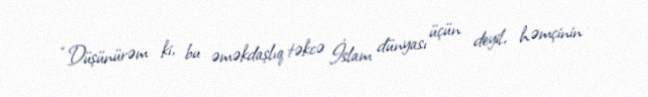
“Düşünürəm ki, bu əməkdaşlıq təkcə İslam dünyası üçün deyil, həmçinin